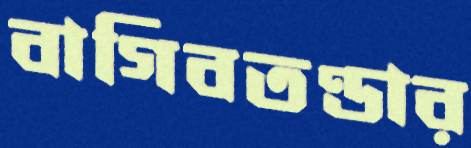
বাগিবতণ্ডার